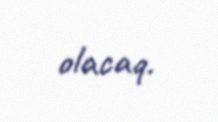
olacaq.